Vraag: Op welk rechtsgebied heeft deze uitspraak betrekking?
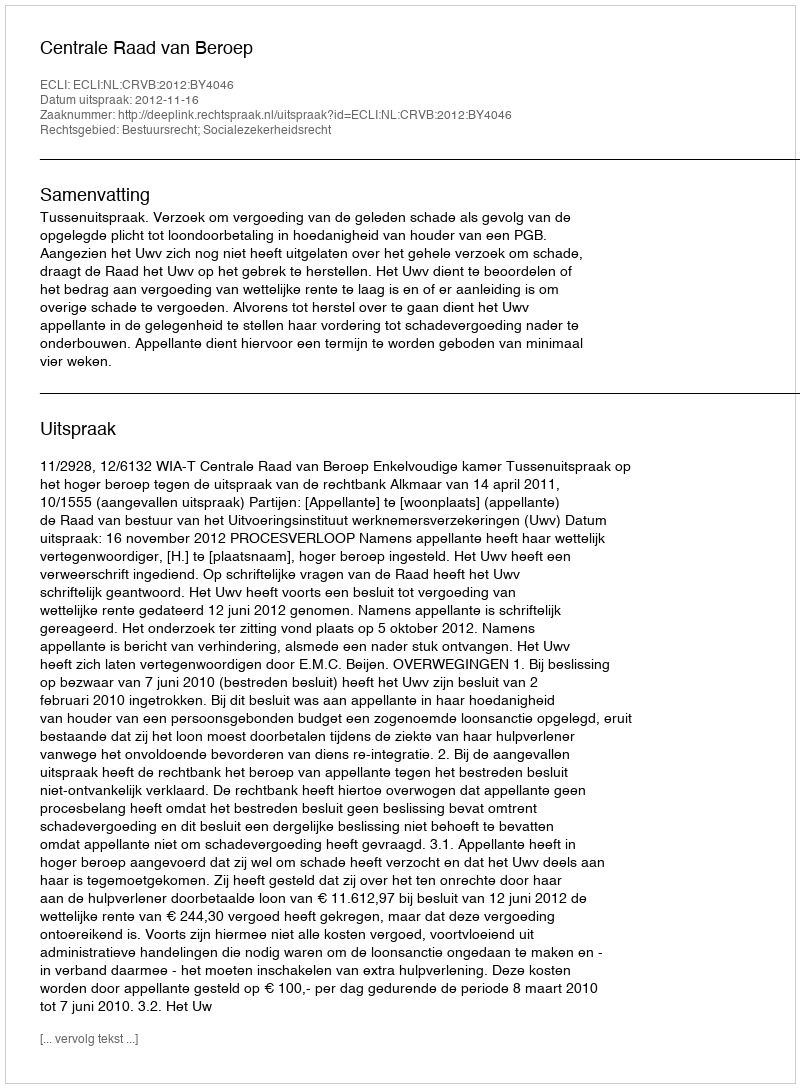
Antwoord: Bestuursrecht; Socialezekerheidsrecht